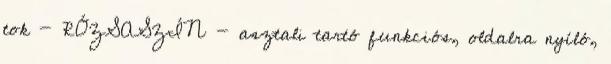
tok - RÓZSASZÍN - asztali tartó funkciós, oldalra nyíló,